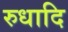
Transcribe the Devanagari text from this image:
रुधादि